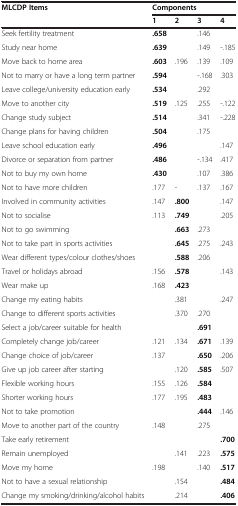
<table><thead><tr><td><b>MLCDP Items</b></td><td colspan="4"><b>Components</b></td></tr><tr><td><b> </b></td><td><b>1</b></td><td><b>2</b></td><td><b>3</b></td><td><b>4</b></td></tr></thead><tbody><tr><td>Seek fertility treatment</td><td><b>.658</b></td><td> </td><td>.146</td><td> </td></tr><tr><td>Study near home</td><td><b>.639</b></td><td> </td><td>.149</td><td>-.185</td></tr><tr><td>Move back to home area</td><td><b>.603</b></td><td>.196</td><td>.139</td><td>.109</td></tr><tr><td>Not to marry or have a long term partner</td><td><b>.594</b></td><td> </td><td>-.168</td><td>.303</td></tr><tr><td>Leave college/university education early</td><td><b>.534</b></td><td> </td><td>.292</td><td> </td></tr><tr><td>Move to another city</td><td><b>.519</b></td><td>.125</td><td>.255</td><td>-.122</td></tr><tr><td>Change study subject</td><td><b>.514</b></td><td> </td><td>.341</td><td>-.228</td></tr><tr><td>Change plans for having children</td><td><b>.504</b></td><td> </td><td>.175</td><td> </td></tr><tr><td>Leave school education early</td><td><b>.496</b></td><td> </td><td> </td><td>.147</td></tr><tr><td>Divorce or separation from partner</td><td><b>.486</b></td><td> </td><td>-.134</td><td>.417</td></tr><tr><td>Not to buy my own home</td><td><b>.430</b></td><td> </td><td>.107</td><td>.386</td></tr><tr><td>Not to have more children</td><td>.177</td><td>-</td><td>.137</td><td>.167</td></tr><tr><td>Involved in community activities</td><td>.147</td><td><b>.800</b></td><td> </td><td>.147</td></tr><tr><td>Not to socialise</td><td>.113</td><td><b>.749</b></td><td> </td><td>.205</td></tr><tr><td>Not to go swimming</td><td> </td><td><b>.663</b></td><td>.273</td><td> </td></tr><tr><td>Not to take part in sports activities</td><td> </td><td><b>.645</b></td><td>.275</td><td>.243</td></tr><tr><td>Wear different types/colour clothes/shoes</td><td> </td><td><b>.588</b></td><td>.206</td><td> </td></tr><tr><td>Travel or holidays abroad</td><td>.156</td><td><b>.578</b></td><td> </td><td>.143</td></tr><tr><td>Wear make up</td><td>.168</td><td><b>.423</b></td><td> </td><td> </td></tr><tr><td>Change my eating habits</td><td> </td><td>.381</td><td> </td><td>.247</td></tr><tr><td>Change to different sports activities</td><td> </td><td>.370</td><td>.270</td><td> </td></tr><tr><td>Select a job/career suitable for health</td><td> </td><td> </td><td><b>.691</b></td><td> </td></tr><tr><td>Completely change job/career</td><td>.121</td><td>.134</td><td><b>.671</b></td><td>.139</td></tr><tr><td>Change choice of job/career</td><td>.137</td><td> </td><td><b>.650</b></td><td>.206</td></tr><tr><td>Give up job career after starting</td><td> </td><td>.120</td><td><b>.585</b></td><td>.507</td></tr><tr><td>Flexible working hours</td><td>.155</td><td>.126</td><td><b>.584</b></td><td> </td></tr><tr><td>Shorter working hours</td><td>.177</td><td>.195</td><td><b>.483</b></td><td> </td></tr><tr><td>Not to take promotion</td><td> </td><td> </td><td><b>.444</b></td><td>.146</td></tr><tr><td>Move to another part of the country</td><td>.148</td><td> </td><td>.275</td><td> </td></tr><tr><td>Take early retirement</td><td> </td><td> </td><td> </td><td><b>.700</b></td></tr><tr><td>Remain unemployed</td><td> </td><td>.141</td><td>.223</td><td><b>.575</b></td></tr><tr><td>Move my home</td><td>.198</td><td> </td><td>.140</td><td><b>.517</b></td></tr><tr><td>Not to have a sexual relationship</td><td> </td><td>.154</td><td> </td><td><b>.484</b></td></tr><tr><td>Change my smoking/drinking/alcohol habits</td><td> </td><td>.214</td><td> </td><td><b>.406</b></td></tr></tbody></table>